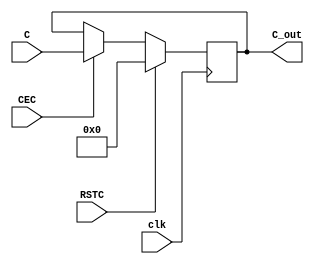
module RegC #(parameter CREG = 1)(
	input         clk,
	input         RSTC,
	input         CEC,
	input  [47:0] C,
	output [47:0] C_out
);
   
   reg [47:0] C_Reg;
   
   always @(posedge clk) begin
       if (RSTC || CREG == 'b0) begin
           C_Reg <= 'b0;
       end
       else if (CEC) begin
           C_Reg <= C;
       end    
   end
    
	assign C_out = CREG ? C_Reg: C;
	
endmodule